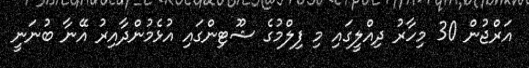
އަރްޖުން 30 މިހާރު ދިއްލީގައި މި ފިލްމުގެ ޝޫޓިންގައި އުޅެމުންދާއިރު އޭނާ ބުނަނީ